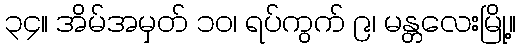
၃၄။ အိမ်အမှတ် ၁၀၊ ရပ်ကွက် ၉၊ မန္တလေးမြို့။